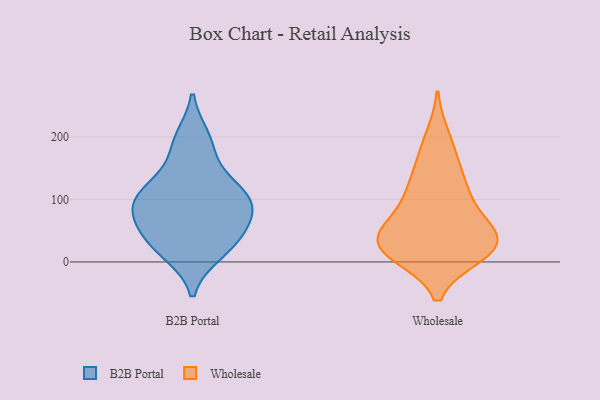
{"axis": {"x": "Page Views", "y": "Value"}, "legend": ["B2B Portal", "Wholesale"], "data": [{"x": "", "y": 93, "type": "B2B Portal"}, {"x": "", "y": 91, "type": "B2B Portal"}, {"x": "", "y": 51, "type": "B2B Portal"}, {"x": "", "y": 106, "type": "B2B Portal"}, {"x": "", "y": 81, "type": "B2B Portal"}, {"x": "", "y": 32, "type": "B2B Portal"}, {"x": "", "y": 15, "type": "B2B Portal"}, {"x": "", "y": 126, "type": "B2B Portal"}, {"x": "", "y": 183, "type": "B2B Portal"}, {"x": "", "y": 198, "type": "B2B Portal"}, {"x": "", "y": 119, "type": "B2B Portal"}, {"x": "", "y": 67, "type": "B2B Portal"}, {"x": "", "y": 24, "type": "B2B Portal"}, {"x": "", "y": 26, "type": "Wholesale"}, {"x": "", "y": 75, "type": "Wholesale"}, {"x": "", "y": 16, "type": "Wholesale"}, {"x": "", "y": 12, "type": "Wholesale"}, {"x": "", "y": 12, "type": "Wholesale"}, {"x": "", "y": 114, "type": "Wholesale"}, {"x": "", "y": 110, "type": "Wholesale"}, {"x": "", "y": 38, "type": "Wholesale"}, {"x": "", "y": 132, "type": "Wholesale"}, {"x": "", "y": 62, "type": "Wholesale"}, {"x": "", "y": 35, "type": "Wholesale"}, {"x": "", "y": 199, "type": "Wholesale"}, {"x": "", "y": 34, "type": "Wholesale"}, {"x": "", "y": 168, "type": "Wholesale"}, {"x": "", "y": 38, "type": "Wholesale"}]}